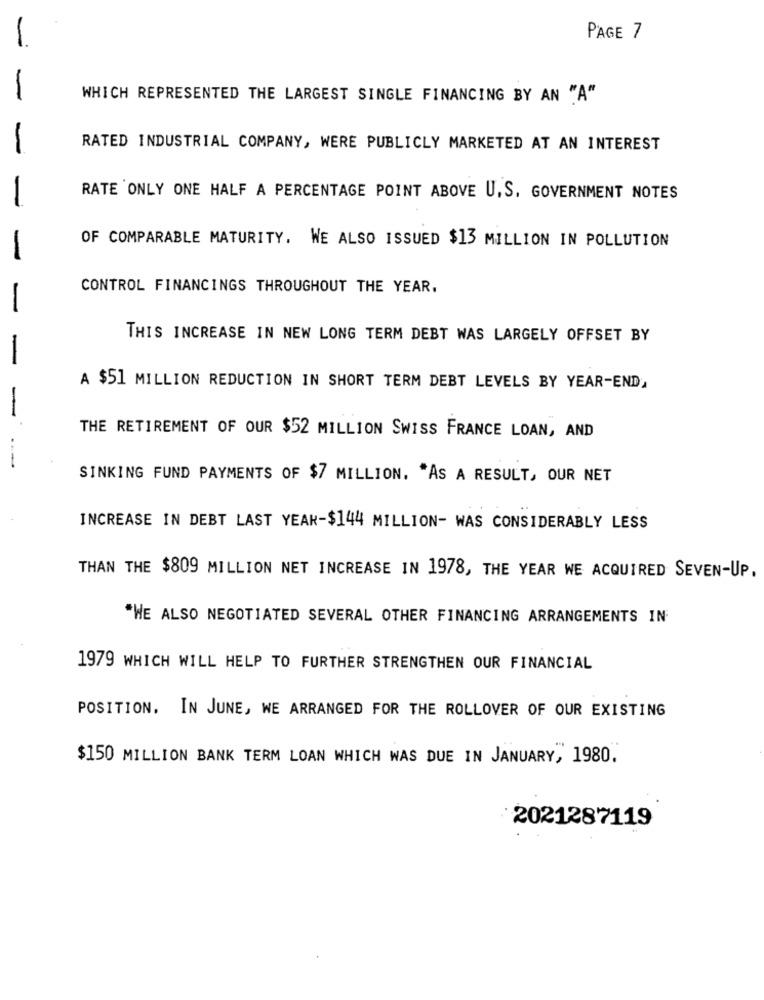
PAGE 7
-
WHICH REPRESENTED THE LARGEST SINGLE FINANCING BY AN "A"
RATED INDUSTRIAL COMPANY, WERE PUBLICLY MARKETED AT AN INTEREST
-
RATE ONLY ONE HALF A PERCENTAGE POINT ABOVE U.S. GOVERNMENT NOTES
OF COMPARABLE MATURITY. WE ALSO ISSUED $13 MILLION IN POLLUTION
-
CONTROL FINANCINGS THROUGHOUT THE YEAR.
-
THIS INCREASE IN NEW LONG TERM DEBT WAS LARGELY OFFSET BY
A $51 MILLION REDUCTION IN SHORT TERM DEBT LEVELS BY YEAR-END.
THE RETIREMENT OF OUR $52 MILLION SWISS FRANCE LOAN, AND
SINKING FUND PAYMENTS OF $7 MILLION. "AS A RESULT, OUR NET
INCREASE IN DEBT LAST YEAR-$144 MILLION- WAS CONSIDERABLY LESS
THAN THE $809 MILLION NET INCREASE IN 1978, THE YEAR WE ACQUIRED SEVEN-UP.
"WE ALSO NEGOTIATED SEVERAL OTHER FINANCING ARRANGEMENTS IN
1979 WHICH WILL HELP TO FURTHER STRENGTHEN OUR FINANCIAL
POSITION. IN JUNE, WE ARRANGED FOR THE ROLLOVER OF OUR EXISTING
$150 MILLION BANK TERM LOAN WHICH WAS DUE IN JANUARY, 1980.
2021287119